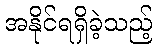
အနိုင်ရရှိခဲ့သည့်